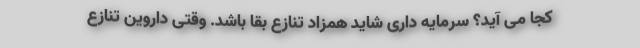
کجا می آید؟ سرمایه داری شاید همزاد تنازع بقا باشد. وقتی داروین تنازع